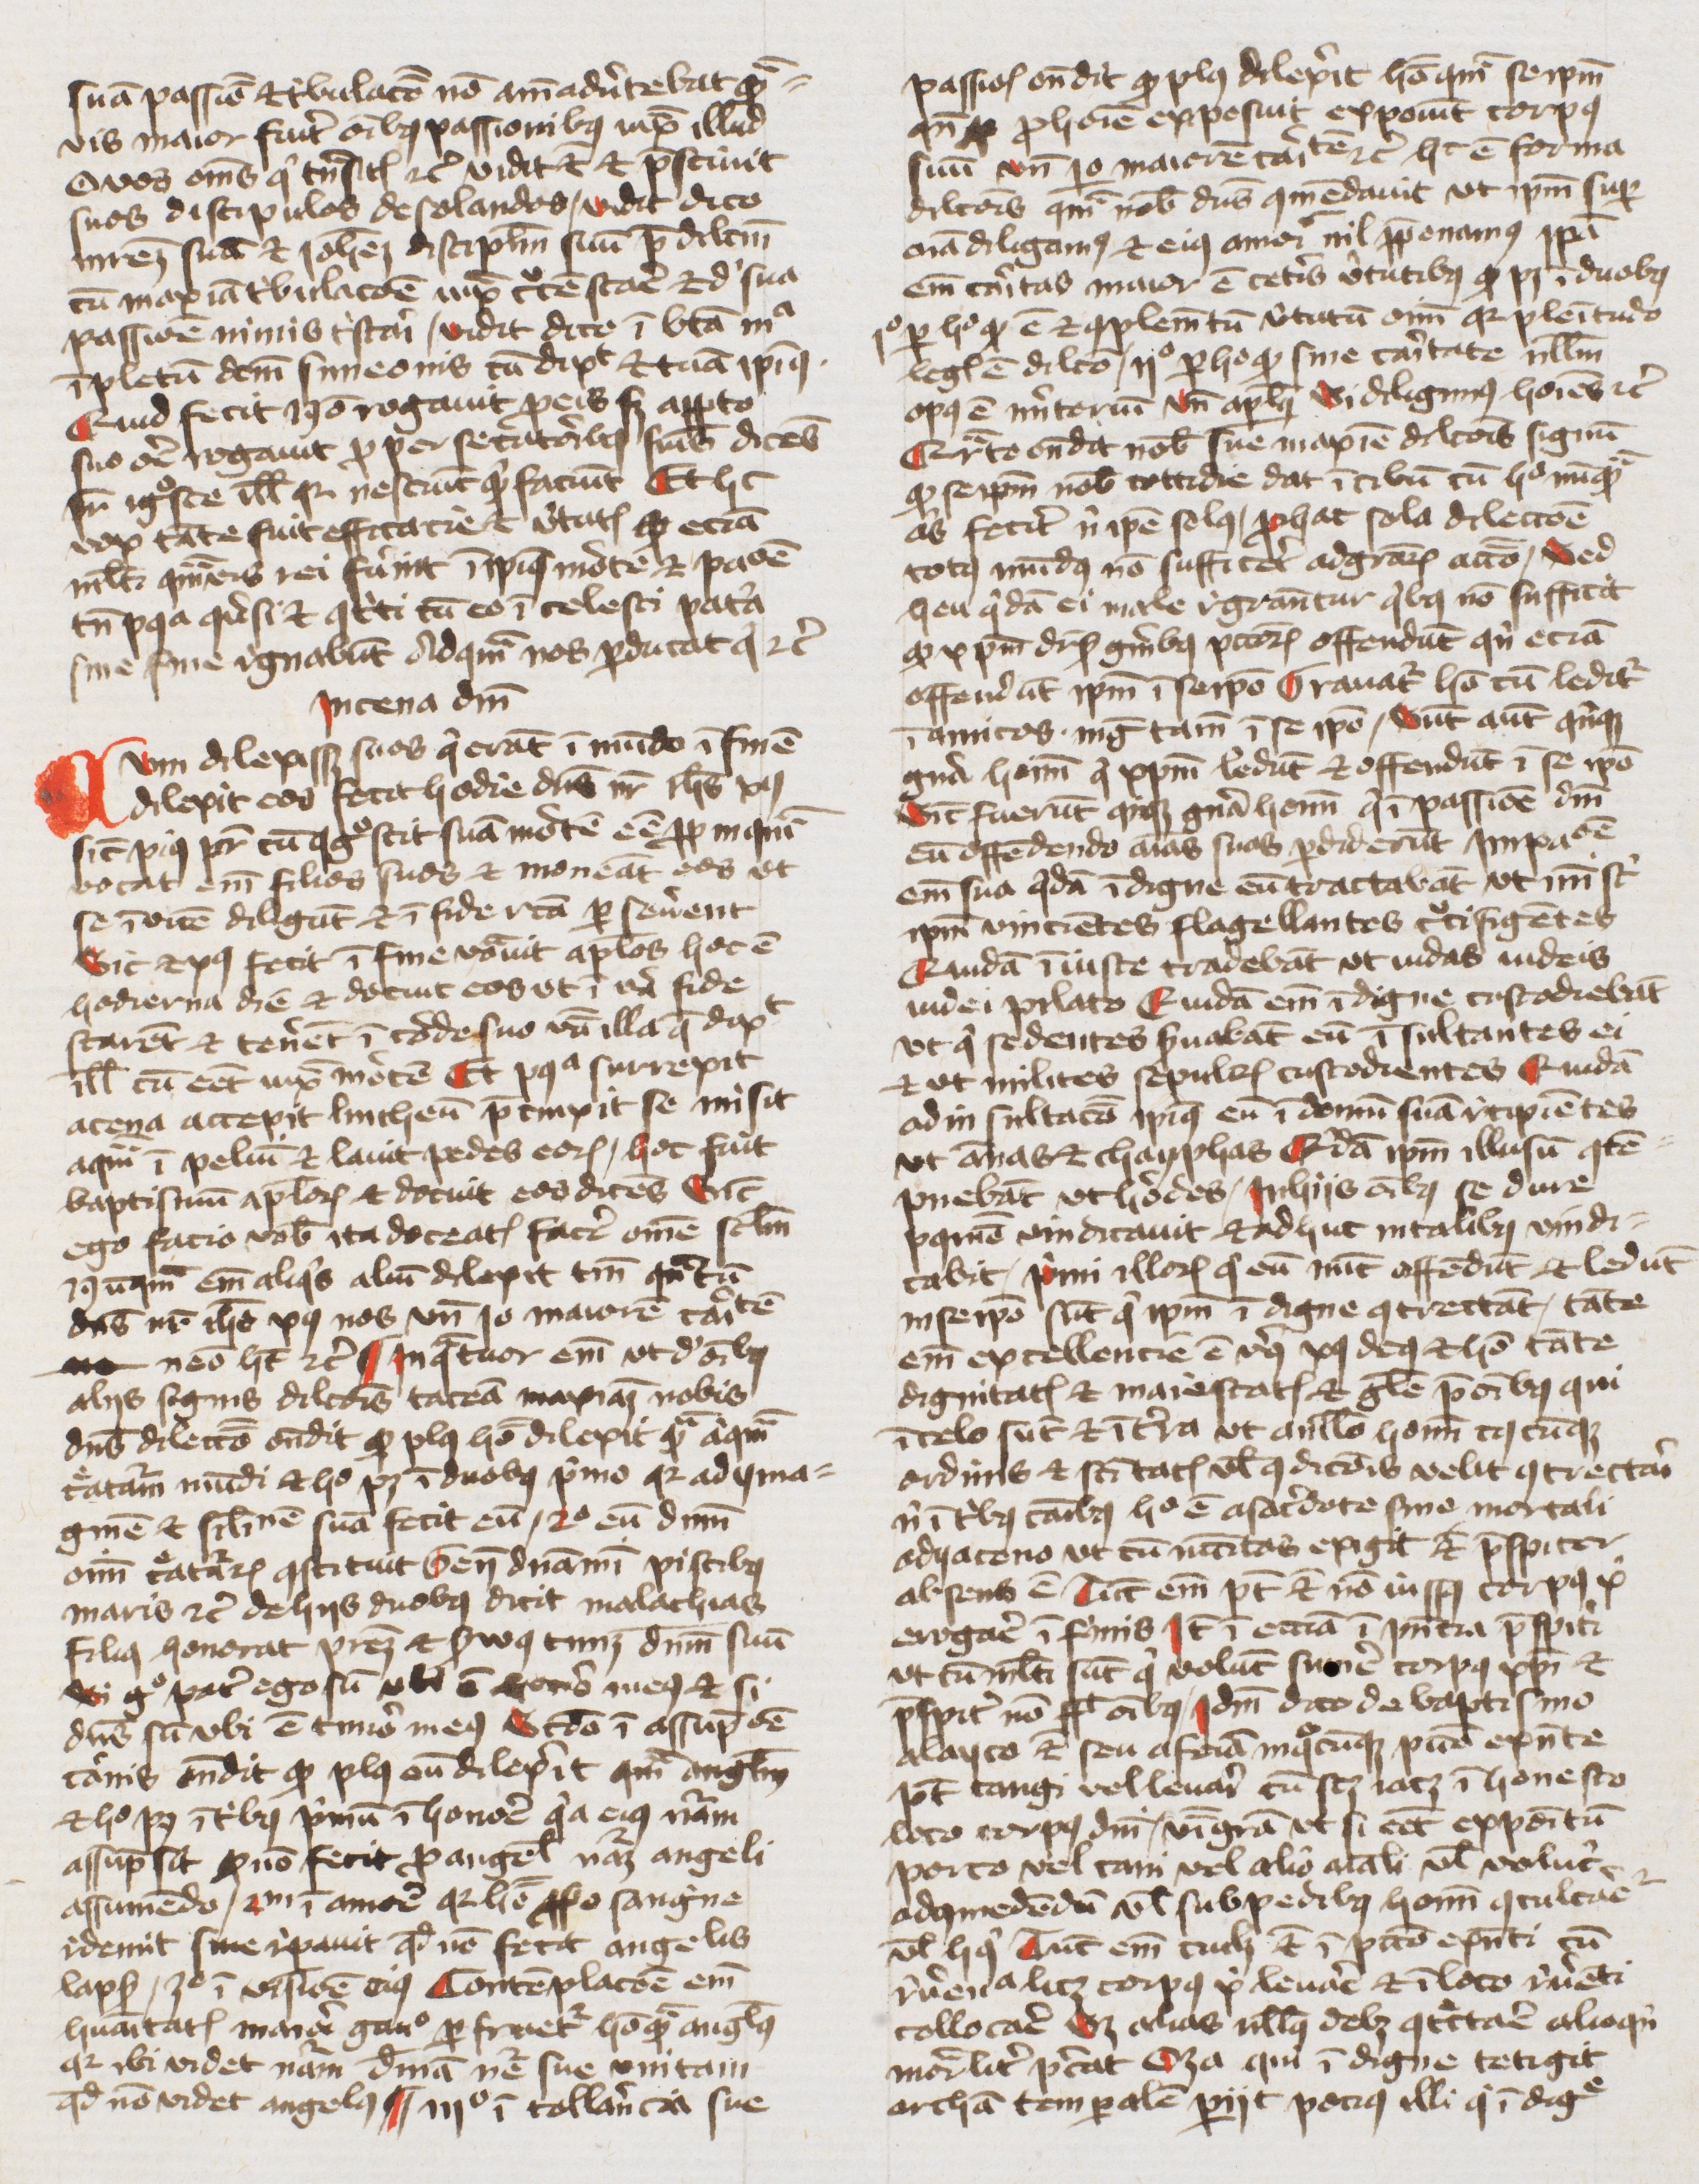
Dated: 1400–1449